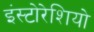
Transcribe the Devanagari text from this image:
इंस्टोरेशियो